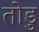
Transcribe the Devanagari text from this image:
तोडु